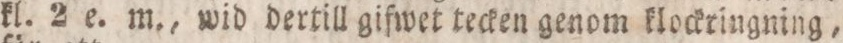
kl. 2 e. m., wid dertill gifwet tecken genom klockringning,